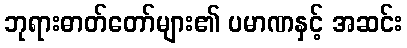
ဘုရားဓာတ်တော်များ၏ ပမာဏနှင့် အဆင်း